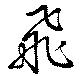
飛